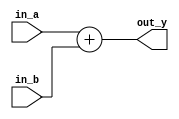
module vector_continuous_assignment (
    input  wire [3:0] in_a,        // 4-bit input vector A
    input  wire [3:0] in_b,        // 4-bit input vector B
    output wire [3:0] out_y        // 4-bit output vector Y
);

// Continuous assignment - driving out_y based on the sum of in_a and in_b
assign out_y = in_a + in_b;

endmodule